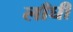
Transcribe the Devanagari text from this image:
लाँघी